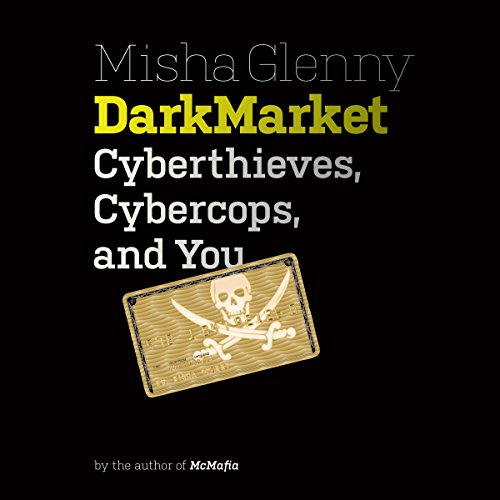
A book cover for DarkMarket: Cyberthieves, Cybercops and You; Misha Glenny; Biographies & Memoirs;